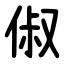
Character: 俶